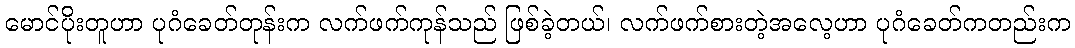
မောင်ပိုးတူဟာ ပုဂံခေတ်တုန်းက လက်ဖက်ကုန်သည် ဖြစ်ခဲ့တယ်၊ လက်ဖက်စားတဲ့အလေ့ဟာ ပုဂံခေတ်ကတည်းက